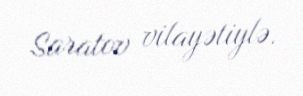
Saratov vilayətiylə.